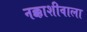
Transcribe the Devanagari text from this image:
नक्काशीवाला